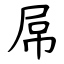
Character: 屌